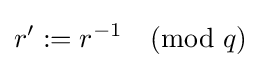
r':=r^{-1}{\pmod {q}}